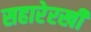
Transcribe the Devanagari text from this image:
सहारेरखी